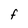
Character: F